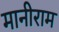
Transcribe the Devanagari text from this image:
मानीराम